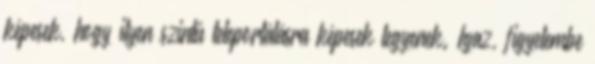
képesek, hogy ilyen szintű teleportálásra képesek legyenek. Igaz, figyelembe